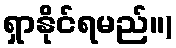
ရှာနိုင်ရမည်။)